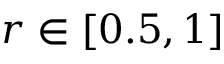
r \in \left[ 0 . 5 , 1 \right]